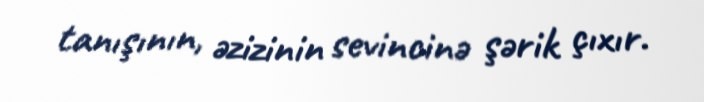
tanışının, əzizinin sevincinə şərik çıxır.